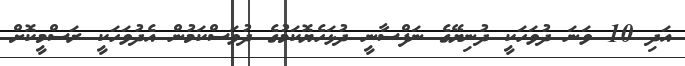
އަދި 10 ވަނަ ދުވަހަކީ ދުނިޔޭގެ ނަފްސާނީ ދުޅަހެޔޮކަމުގެ ދުވަސްކަމުން އެދުވަހަކީ ރަސްމީކޮށް